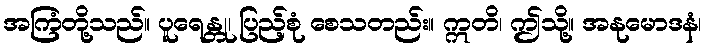
အကြံတို့သည်။ ပူရေန္တု၊ ပြည့်စုံ စေသတည်း။ ဣတိ၊ ဤသို့။ အနုမောဒနံ၊